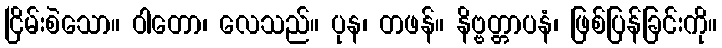
ငြိမ်းစဲသော။ ဝါတော၊ လေသည်။ ပုန၊ တဖန်။ နိဗ္ဗတ္တာပနံ၊ ဖြစ်ပြန်ခြင်းကို။